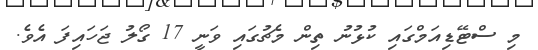
މި ސްޓޭޑިއަމްގައި ކުޅުނު ތިން މެޗުގައި ވަނީ 17 ގޯލު ޖަހައިފަ އެވެ.